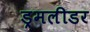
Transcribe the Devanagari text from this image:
ड्रमलीडर